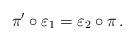
LaTeX: \begin{align*}\pi'\circ\varepsilon_1=\varepsilon_2\circ\pi\,.\end{align*}